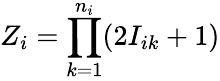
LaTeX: Z_{i}=\prod_{k=1}^{n_{i}}(2I_{ik}+1)